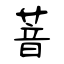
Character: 萻